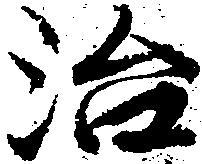
治